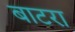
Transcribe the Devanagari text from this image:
बाटरा